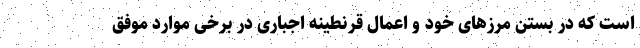
است که در بستن مرز‌های خود و اعمال قرنطینه اجباری در برخی موارد موفق